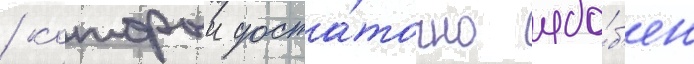
/ которыи доста́точно удо́б'ен